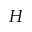
H